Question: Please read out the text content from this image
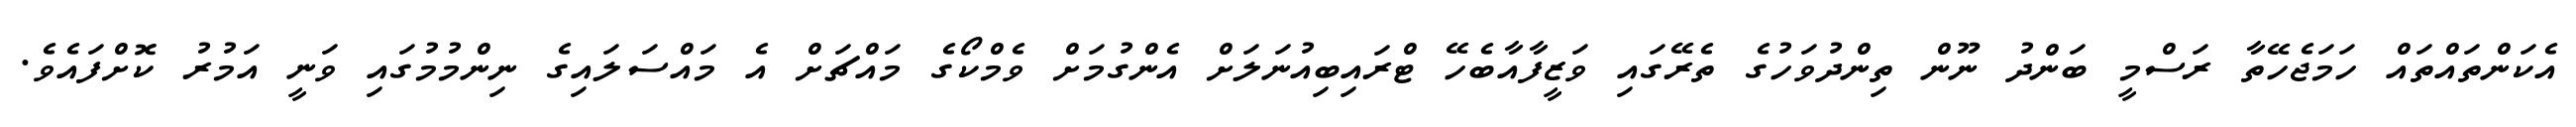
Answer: އެކަންތައްތައް ހަމަޖެހޭތާ ރަސްމީ ބަންދު ނޫން ތިންދުވަހުގެ ތެރޭގައި ވަޒީފާއާބެހޭ ޓްރައިބިއުނަލަށް އެންގުމަށް ވެމްކޯގެ މައްޗަށް އެ މައްސަލައިގެ ނިންމުމުގައި ވަނީ އަމުރު ކޮށްފައެވެ.